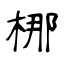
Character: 梛